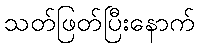
သတ်ဖြတ်ပြီးနောက်